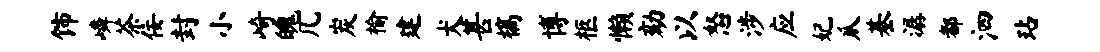
饰嶙茶佞封小崎魄几炭榆建犬甚槁博柩懒劾以怒涉应妃瓜基潺都泗玷